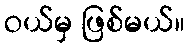
ဝယ်မှ ဖြစ်မယ်။